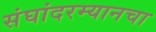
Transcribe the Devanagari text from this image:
संघांदरम्यानचा